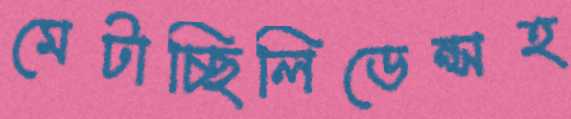
মেটাচ্ছিলিডেন্সহ